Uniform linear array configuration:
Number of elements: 24
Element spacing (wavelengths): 0.75
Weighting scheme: kaiser
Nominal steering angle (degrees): -60
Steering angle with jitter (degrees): -60.059
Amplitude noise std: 0.05
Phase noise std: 0.05

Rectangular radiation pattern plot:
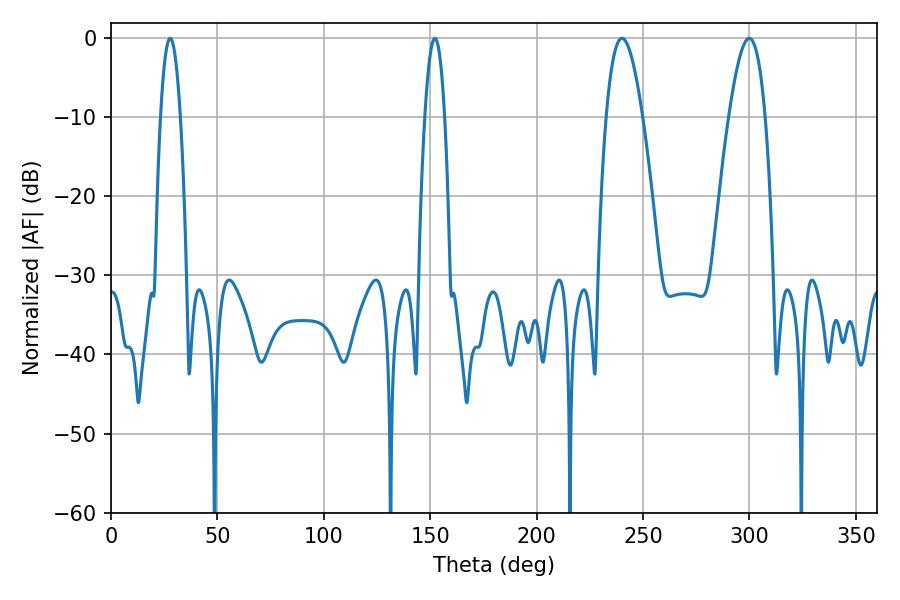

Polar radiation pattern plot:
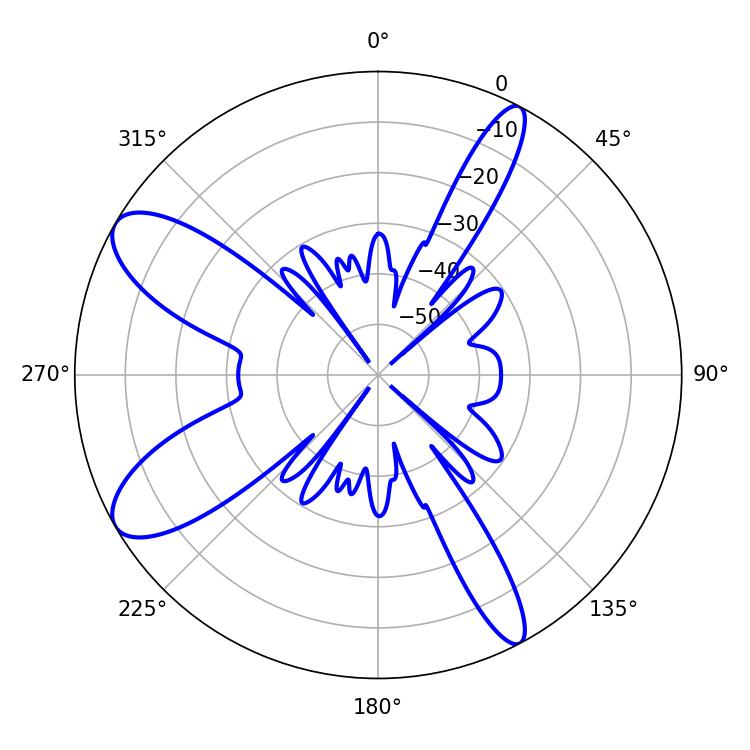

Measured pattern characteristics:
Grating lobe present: TRUE
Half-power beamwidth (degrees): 9.36
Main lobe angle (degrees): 299.88